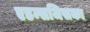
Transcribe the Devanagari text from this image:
एडम्सजिसका